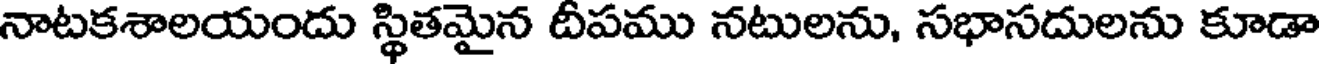
నాటకశాలయందు స్థితమైన దీపము నటులను, సభాసదులను కూడా